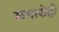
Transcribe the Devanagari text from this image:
समारोहो